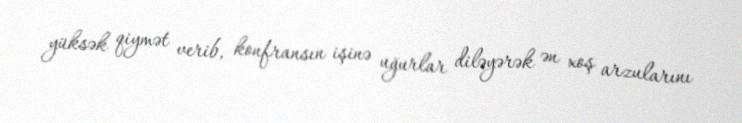
yüksək qiymət verib, konfransın işinə uğurlar diləyərək ən xoş arzularını